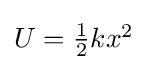
{\textstyle U={\frac {1}{2}}kx^{2}}